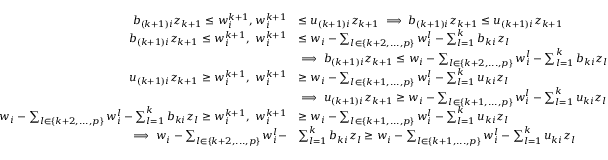
\begin{array} { r l } { b _ { ( k + 1 ) i } z _ { k + 1 } \leq w _ { i } ^ { k + 1 } , w _ { i } ^ { k + 1 } } & { \leq u _ { ( k + 1 ) i } z _ { k + 1 } \implies b _ { ( k + 1 ) i } z _ { k + 1 } \leq u _ { ( k + 1 ) i } z _ { k + 1 } } \\ { b _ { ( k + 1 ) i } z _ { k + 1 } \leq w _ { i } ^ { k + 1 } , ~ w _ { i } ^ { k + 1 } } & { \leq w _ { i } - \sum _ { l \in \{ k + 2 , . . . , p \} } w _ { i } ^ { l } - \sum _ { l = 1 } ^ { k } b _ { k i } z _ { l } } \\ & { \implies b _ { ( k + 1 ) i } z _ { k + 1 } \leq w _ { i } - \sum _ { l \in \{ k + 2 , . . . , p \} } w _ { i } ^ { l } - \sum _ { l = 1 } ^ { k } b _ { k i } z _ { l } } \\ { u _ { ( k + 1 ) i } z _ { k + 1 } \geq w _ { i } ^ { k + 1 } , ~ w _ { i } ^ { k + 1 } } & { \geq w _ { i } - \sum _ { l \in \{ k + 1 , . . . , p \} } w _ { i } ^ { l } - \sum _ { l = 1 } ^ { k } u _ { k i } z _ { l } } \\ & { \implies u _ { ( k + 1 ) i } z _ { k + 1 } \geq w _ { i } - \sum _ { l \in \{ k + 1 , . . . , p \} } w _ { i } ^ { l } - \sum _ { l = 1 } ^ { k } u _ { k i } z _ { l } } \\ { w _ { i } - \sum _ { l \in \{ k + 2 , . . . , p \} } w _ { i } ^ { l } - \sum _ { l = 1 } ^ { k } b _ { k i } z _ { l } \geq w _ { i } ^ { k + 1 } , ~ w _ { i } ^ { k + 1 } } & { \geq w _ { i } - \sum _ { l \in \{ k + 1 , . . . , p \} } w _ { i } ^ { l } - \sum _ { l = 1 } ^ { k } u _ { k i } z _ { l } } \\ { \implies w _ { i } - \sum _ { l \in \{ k + 2 , . . . , p \} } w _ { i } ^ { l } - } & { \sum _ { l = 1 } ^ { k } b _ { k i } z _ { l } \geq w _ { i } - \sum _ { l \in \{ k + 1 , . . . , p \} } w _ { i } ^ { l } - \sum _ { l = 1 } ^ { k } u _ { k i } z _ { l } } \end{array}